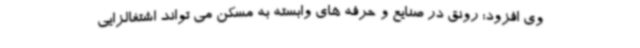
وی افزود: رونق در صنایع و حرفه های وابسته به مسکن می تواند اشتغالزایی